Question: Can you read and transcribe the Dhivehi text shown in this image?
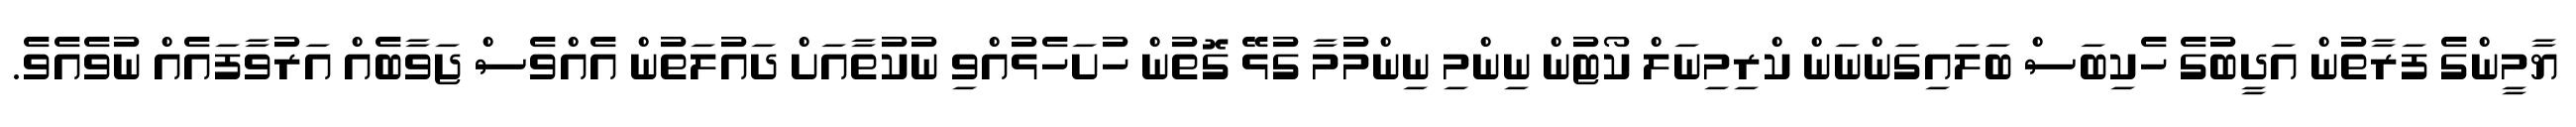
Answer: ޔާމީންގެ ފަރާތުން އަދީބުގެ ހެކިބަސް ބަލައިގަންނަން ކްރިމިނަލް ކޯޓުން ނިންމި ނިންމުމާ ގުޅޭ ގޮތުން ހުށަހެޅުއްވި ނުކުތާއަށް ދައުލަތުން އެއްވެސް ޖަވާބެއް އަރުވާފައެއް ނުވެއެވެ.